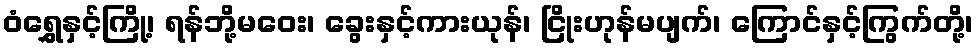
ဝံရွှေနှင့်ကြို့၊ ရန်ဘို့မဝေး၊ ခွေးနှင့်ကားယုန်၊ ငြိုးဟုန်မပျက်၊ ကြောင်နှင့်ကြွက်တို့၊